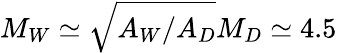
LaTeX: M_{W}\simeq\sqrt{A_{W}/A_{D}}M_{D}\simeq 4.5